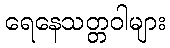
ရေနေသတ္တဝါများ